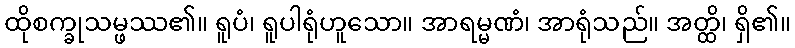
ထိုစက္ခုသမ္ဖဿ၏။ ရူပံ၊ ရူပါရုံဟူသော။ အာရမ္မဏံ၊ အာရုံသည်။ အတ္ထိ၊ ရှိ၏။